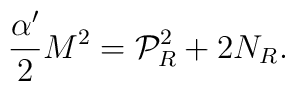
\frac{\alpha'}{2} M^{2} ={\cal P}_{R}^{2} + 2 N_{R}.